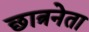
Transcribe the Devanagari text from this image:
छात्रनेता